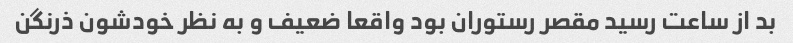
بد از ساعت رسید مقصر رستوران بود واقعا ضعیف و به نظر خودشون ذرنگن